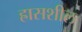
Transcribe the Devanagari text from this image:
ह्रासशील